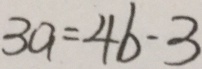
3 a = 4 b - 3